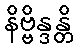
နိဗ္ဗိန္ဒန္တိ